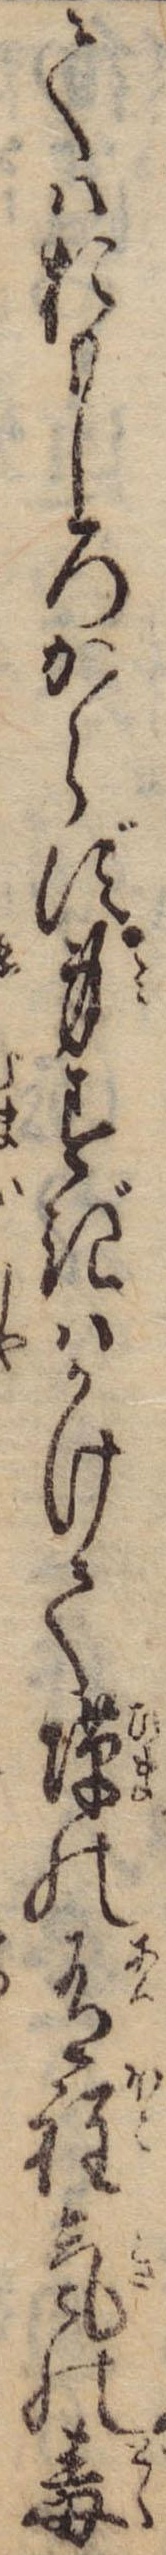
てはおもしろからず身すぎはかけての有程気の毒